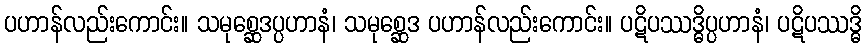
ပဟာန်လည်းကောင်း။ သမုစ္ဆေဒပ္ပဟာနံ၊ သမုစ္ဆေဒ ပဟာန်လည်းကောင်း။ ပဋိပဿဒ္ဓိပ္ပဟာနံ၊ ပဋိပဿဒ္ဓိ